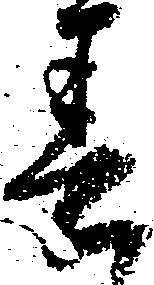
春